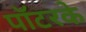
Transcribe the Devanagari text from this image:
पॉटरके